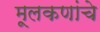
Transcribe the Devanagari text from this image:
मूलकणांचे